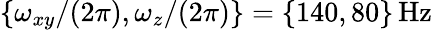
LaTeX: \{ \omega_{xy}/(2\pi),\omega_{z}/(2\pi)\} =\{ 140,80\} \, \mathrm{Hz}